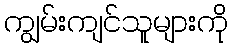
ကျွမ်းကျင်သူများကို